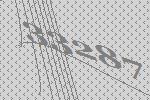
33287